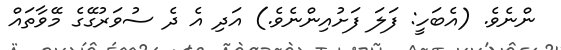
ންނެވެ. (އެބަހީ: ފަލަ ފަށުއިންނެވެ.) އަދި އެ ދެ ސުވަރުގޭގެ މޭވާތައް